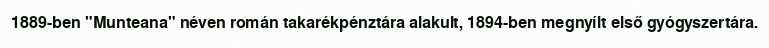
1889-ben "Munteana" néven román takarékpénztára alakult, 1894-ben megnyílt első gyógyszertára.